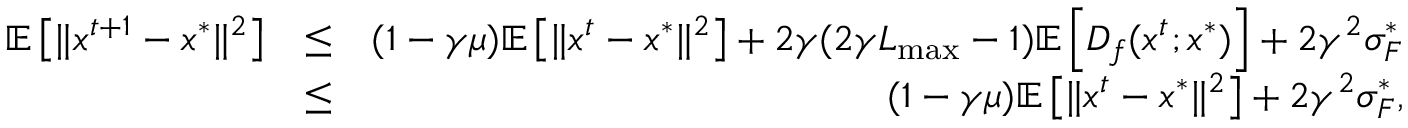
\begin{array} { r l r } { \mathbb { E } \left[ \Vert x ^ { t + 1 } - x ^ { * } \Vert ^ { 2 } \right] } & { \leq } & { ( 1 - \gamma \mu ) \mathbb { E } \left[ \Vert x ^ { t } - x ^ { * } \Vert ^ { 2 } \right] + 2 \gamma ( 2 \gamma L _ { \operatorname* { m a x } } - 1 ) \mathbb { E } \left[ D _ { f } ( x ^ { t } ; x ^ { * } ) \right] + 2 \gamma ^ { 2 } \sigma _ { F } ^ { * } } \\ & { \leq } & { ( 1 - \gamma \mu ) \mathbb { E } \left[ \Vert x ^ { t } - x ^ { * } \Vert ^ { 2 } \right] + 2 \gamma ^ { 2 } \sigma _ { F } ^ { * } , } \end{array}